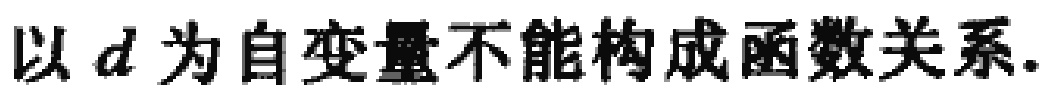
以 \(d\) 为自变量不能构成函数关系.